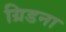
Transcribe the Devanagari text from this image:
ग्रिडना